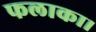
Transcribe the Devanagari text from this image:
फलाका।